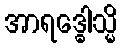
အာရဒ္ဓေါသ္မိ